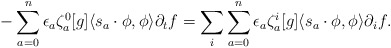
\begin{align*} - \sum_{a=0}^n \epsilon_a \zeta^0_a[g] \langle s_a \cdot \phi, \phi \rangle \partial_t f = \sum_{i}\sum_{a=0}^n \epsilon_a \zeta^{i}_a[g] \langle s_a \cdot \phi, \phi \rangle \partial_{i}f. \end{align*}